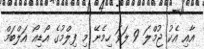
އާއި އެކު ޖުމްލަ 9 ލަވަ ހިމެނޭ މި ފިލްމުގެ އޯޑިއޯ އަލްބަމް